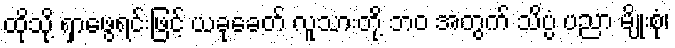
ထိုသို့ ရှာဖွေရင်းဖြင့် ယခုခေတ် လူသားတို့ ဘဝ အတွက် သိပ္ပံ ပညာ မျိုးစုံ၊